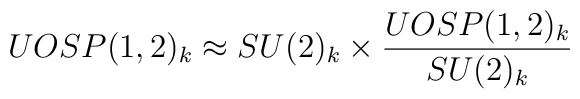
UOSP(1,2)_k\approx SU(2)_k \times {UOSP(1,2)_k\over SU(2)_k}